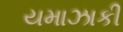
યમાઝાકી